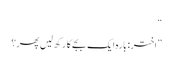
“
”اختر: بارہ ایک بجے کا رکھ لیں پھر؟